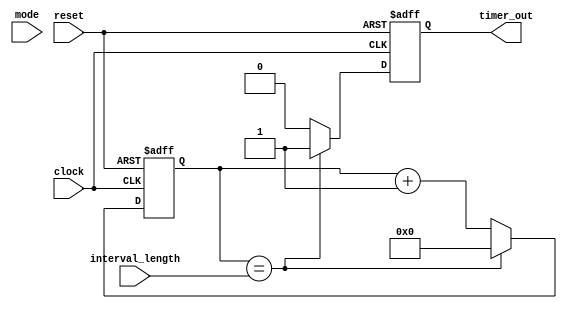
module Interval_timer(
    input wire clock,
    input wire reset,
    input wire [31:0] interval_length,
    input wire mode,
    output reg timer_out
);

reg [31:0] counter;

always@(posedge clock or posedge reset) begin
    if(reset) begin
        counter <= 0;
        timer_out <= 0;
    end else begin
        if(counter == interval_length) begin
            counter <= 0;
            timer_out <= 1;
        end else begin
            counter <= counter + 1;
            timer_out <= 0;
        end
    end
end

endmodule